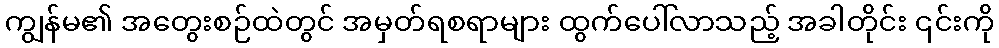
ကျွန်မ၏ အတွေးစဉ်ထဲတွင် အမှတ်ရစရာများ ထွက်ပေါ်လာသည့် အခါတိုင်း ၎င်းကို